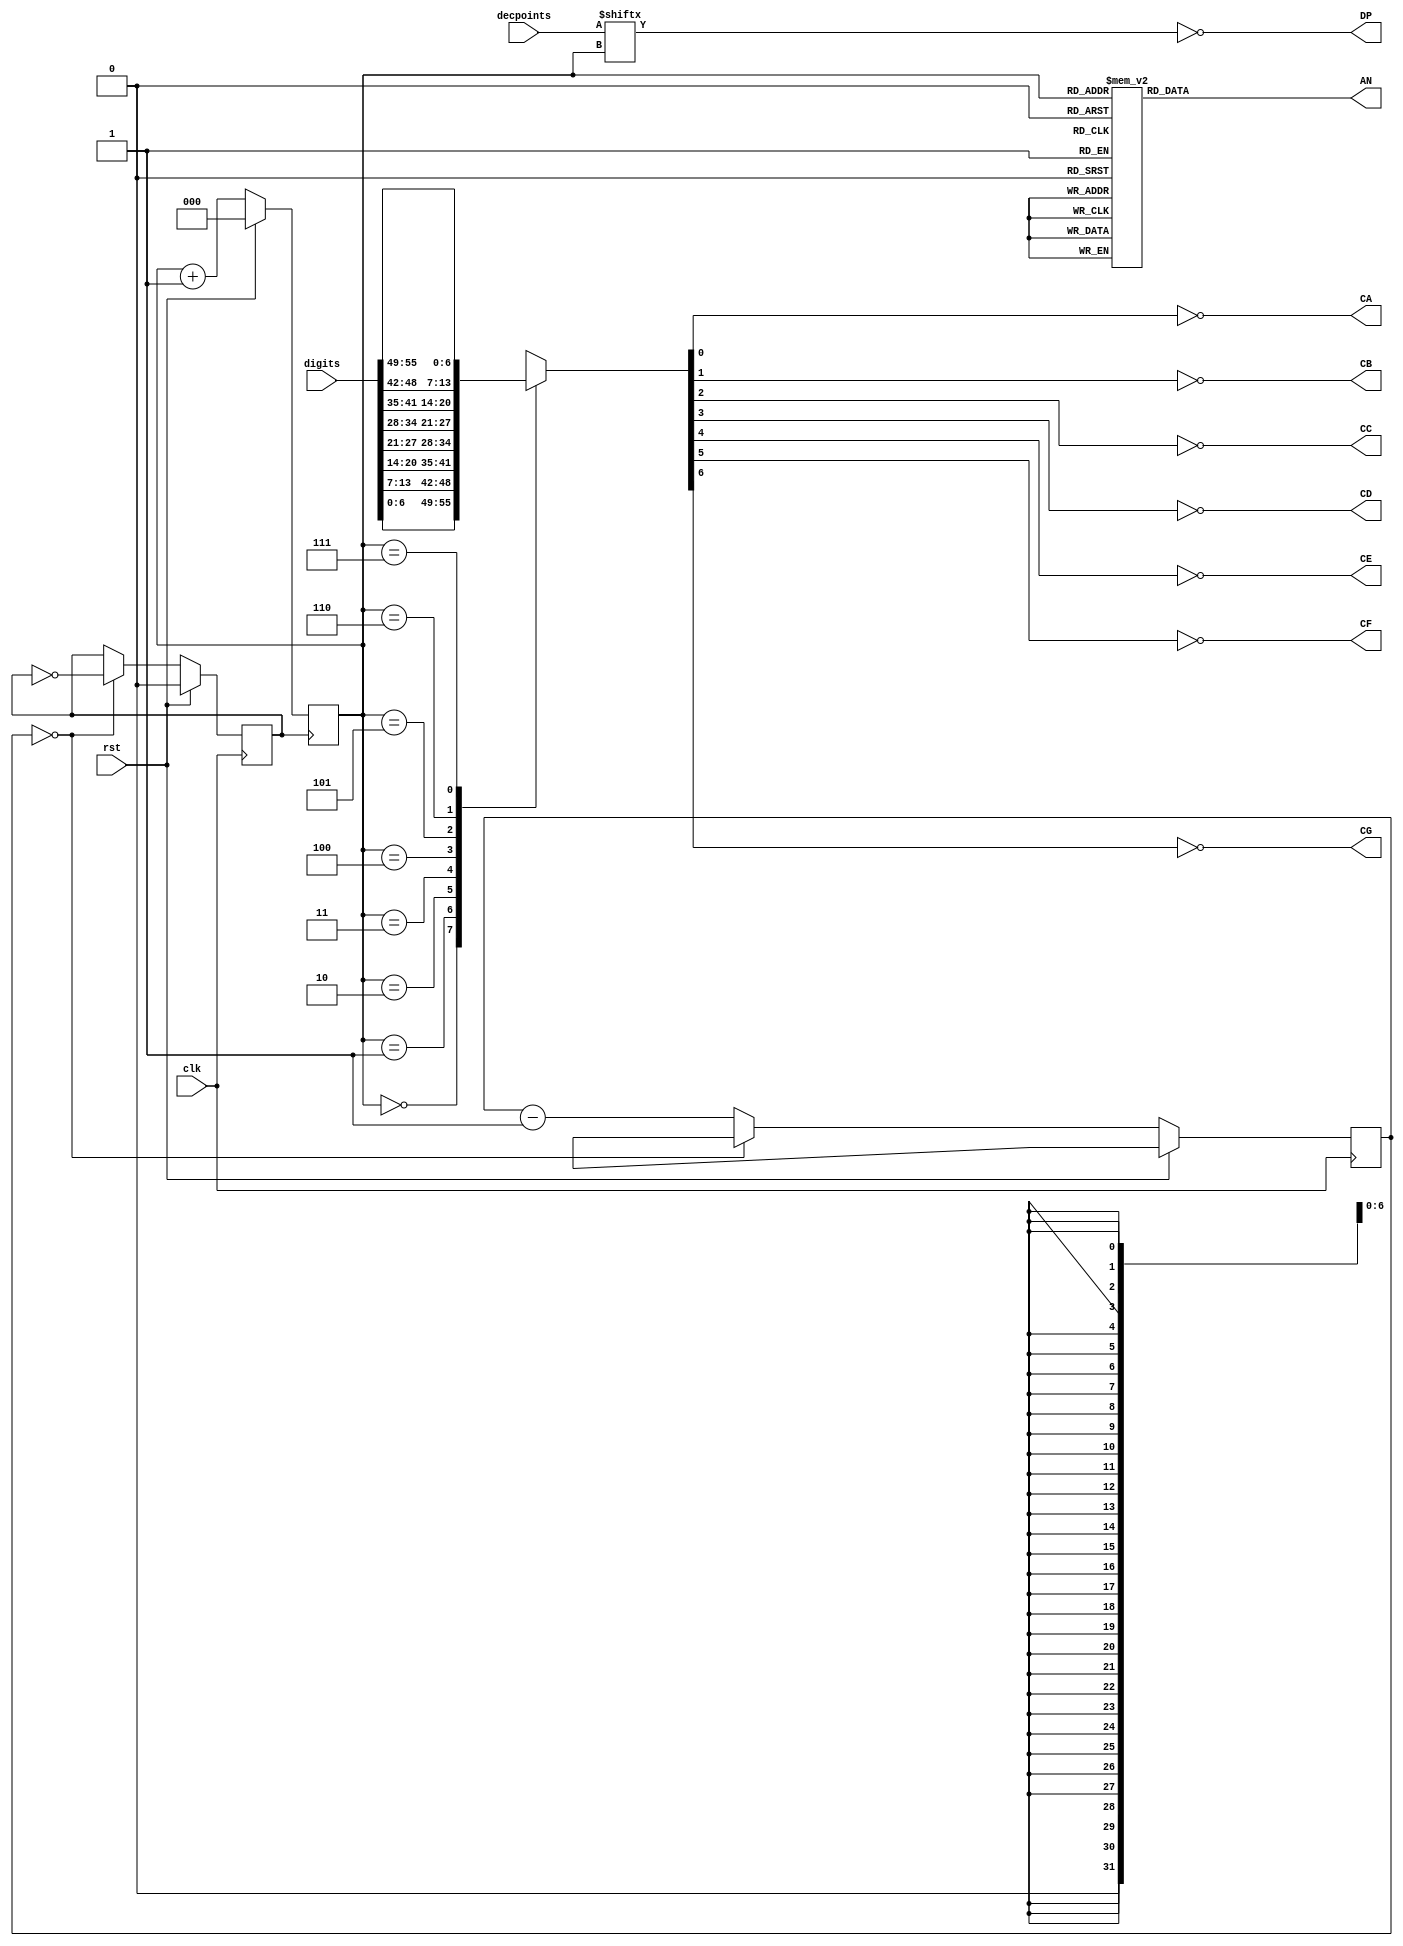
/* Copyright (c) 2015-2016 by the author(s)
 *
 * Permission is hereby granted, free of charge, to any person obtaining a copy
 * of this software and associated documentation files (the "Software"), to deal
 * in the Software without restriction, including without limitation the rights
 * to use, copy, modify, merge, publish, distribute, sublicense, and/or sell
 * copies of the Software, and to permit persons to whom the Software is
 * furnished to do so, subject to the following conditions:
 *
 * The above copyright notice and this permission notice shall be included in
 * all copies or substantial portions of the Software.
 *
 * THE SOFTWARE IS PROVIDED "AS IS", WITHOUT WARRANTY OF ANY KIND, EXPRESS OR
 * IMPLIED, INCLUDING BUT NOT LIMITED TO THE WARRANTIES OF MERCHANTABILITY,
 * FITNESS FOR A PARTICULAR PURPOSE AND NONINFRINGEMENT. IN NO EVENT SHALL THE
 * AUTHORS OR COPYRIGHT HOLDERS BE LIABLE FOR ANY CLAIM, DAMAGES OR OTHER
 * LIABILITY, WHETHER IN AN ACTION OF CONTRACT, TORT OR OTHERWISE, ARISING FROM,
 * OUT OF OR IN CONNECTION WITH THE SOFTWARE OR THE USE OR OTHER DEALINGS IN
 * THE SOFTWARE.
 *
 * =============================================================================
 *
 * Seven segment display on the Nexys4 DDR board
 * 
 * Parameters:
 *  - FREQ: The frequency of the design, to match the second
 *  - REFRESH: Refresh rate in Hz
 *
 * Author(s):
 *   Stefan Wallentowitz <stefan.wallentowitz@tum.de>
 */

module nexys4ddr_display
  #(
    parameter FREQ = 32'hx,
    parameter REFRESH = 1200
    )
   (
    input            clk,
    input            rst,
    input [8*7-1:0]  digits,
    input [7:0]      decpoints,

    output           CA,
    output           CB,
    output           CC,
    output           CD,
    output           CE,
    output           CF,
    output           CG,
    output           DP,
    output reg [7:0] AN
    );
   
   localparam REFRESH_CLKDIV = FREQ / (REFRESH * 8);

   reg               clk_refresh;
   reg [31:0]        count_refresh;

   always @(posedge clk) begin
      if (rst) begin
         clk_refresh <= 0;
         count_refresh <= REFRESH_CLKDIV >> 1;
      end else begin
         if (count_refresh == 0) begin
            count_refresh <= REFRESH_CLKDIV >> 1;
            clk_refresh <= ~clk_refresh;
         end else begin
            count_refresh <= count_refresh - 1;
         end
      end
   end

   wire [6:0]     digits_vector [0:7];

   assign digits_vector[0] = digits[6:0];
   assign digits_vector[1] = digits[13:7];
   assign digits_vector[2] = digits[20:14];
   assign digits_vector[3] = digits[27:21];
   assign digits_vector[4] = digits[34:28];
   assign digits_vector[5] = digits[41:35];
   assign digits_vector[6] = digits[48:42];
   assign digits_vector[7] = digits[55:49];
   
   reg [2:0]      an_count;
   
   always @(*) begin
      case (an_count)
        0: AN = 8'b11111110;
        1: AN = 8'b11111101;
        2: AN = 8'b11111011;
        3: AN = 8'b11110111;
        4: AN = 8'b11101111;
        5: AN = 8'b11011111;
        6: AN = 8'b10111111;
        7: AN = 8'b01111111;
      endcase
   end

   assign CA = ~digits_vector[an_count][0];
   assign CB = ~digits_vector[an_count][1];
   assign CC = ~digits_vector[an_count][2];
   assign CD = ~digits_vector[an_count][3];
   assign CE = ~digits_vector[an_count][4];
   assign CF = ~digits_vector[an_count][5];
   assign CG = ~digits_vector[an_count][6];
   assign DP = ~decpoints[an_count];
   
   always @(posedge clk_refresh) begin
      if (rst) begin
         an_count <= 0;
      end else begin
         an_count <= an_count + 1;
      end
   end

endmodule // nexys4ddr_display